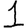
Digit: 1